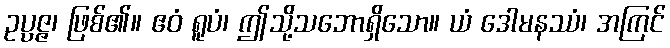
ဥပ္ပဇ္ဇ၊ ဖြစ်၏။ ဧဝံ ရူပံ၊ ဤသို့သဘောရှိသော။ ယံ ဒေါမနဿံ၊ အကြင်